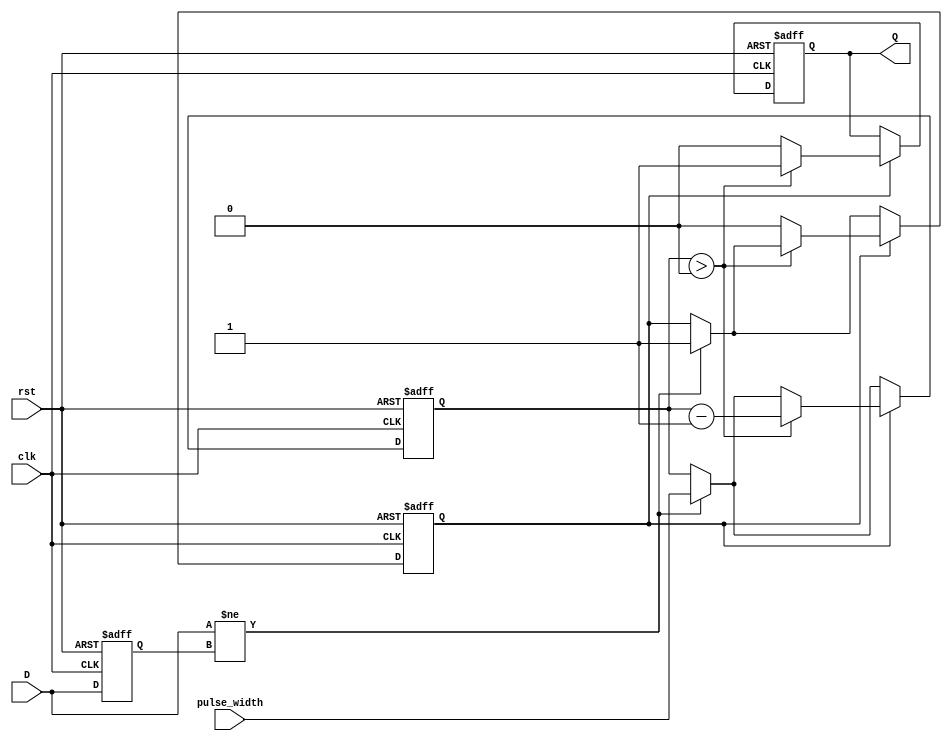
module MonostableEdgeDetector (
    input wire clk,              // Clock signal
    input wire rst,              // Reset signal
    input wire D,                // Input signal to monitor for edges
    input wire [3:0] pulse_width,// Pulse width in clock cycles
    output reg Q                 // Output pulse signal
);

    // State for the previous value of the input signal
    reg D_prev;

    // Counter to generate the pulse width
    reg [3:0] pulse_counter;

    // State to indicate if a pulse is active
    reg pulse_active;

    // Sequential logic to detect edges and generate pulse
    always @(posedge clk or posedge rst) begin
        if (rst) begin
            D_prev <= 1'b0;          // Initialize previous state
            Q <= 1'b0;               // Initialize output to low
            pulse_counter <= 4'b0;    // Reset pulse counter
            pulse_active <= 1'b0;      // Reset pulse active state
        end else begin
            // Edge detection logic
            if (D != D_prev) begin
                // Edge detected (rising or falling)
                pulse_active <= 1'b1; // Activate the pulse
                pulse_counter <= pulse_width; // Load pulse width
            end

            // Update previous state
            D_prev <= D;

            // Pulse generation logic
            if (pulse_active) begin
                if (pulse_counter > 0) begin
                    Q <= 1'b1; // Keep output high
                    pulse_counter <= pulse_counter - 1; // Decrement counter
                end else begin
                    Q <= 1'b0; // Reset output to low
                    pulse_active <= 1'b0; // Deactivate pulse
                end
            end
        end
    end
endmodule